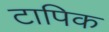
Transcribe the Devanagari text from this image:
टापिक